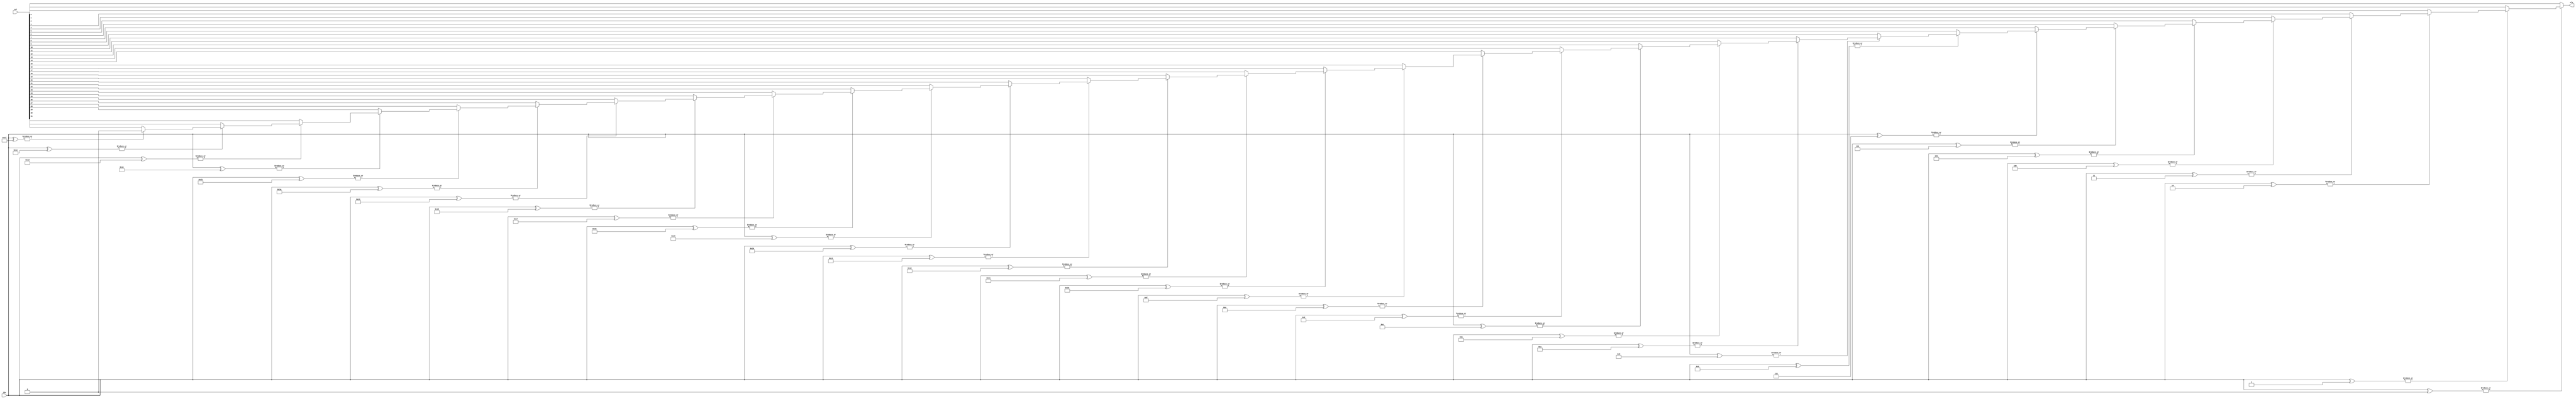
`ifndef IPs_SHARED_MULTIPLEXER_V
`define IPs_SHARED_MULTIPLEXER_V

module MUX32to1 (
    input  wire [ 4:0] idx,
    input  wire [31:0] set,
    output wire        ele
);

    assign ele = ~|{idx ^ 5'h00} ? set[5'h00] :
                 ~|{idx ^ 5'h01} ? set[5'h01] :
                 ~|{idx ^ 5'h02} ? set[5'h02] :
                 ~|{idx ^ 5'h03} ? set[5'h03] :
                 ~|{idx ^ 5'h04} ? set[5'h04] :
                 ~|{idx ^ 5'h05} ? set[5'h05] :
                 ~|{idx ^ 5'h06} ? set[5'h06] :
                 ~|{idx ^ 5'h07} ? set[5'h07] :
                 ~|{idx ^ 5'h08} ? set[5'h08] :
                 ~|{idx ^ 5'h09} ? set[5'h09] :
                 ~|{idx ^ 5'h0A} ? set[5'h0A] :
                 ~|{idx ^ 5'h0B} ? set[5'h0B] :
                 ~|{idx ^ 5'h0C} ? set[5'h0C] :
                 ~|{idx ^ 5'h0D} ? set[5'h0D] :
                 ~|{idx ^ 5'h0E} ? set[5'h0E] :
                 ~|{idx ^ 5'h0F} ? set[5'h0F] :
                 ~|{idx ^ 5'h10} ? set[5'h10] :
                 ~|{idx ^ 5'h11} ? set[5'h11] :
                 ~|{idx ^ 5'h12} ? set[5'h12] :
                 ~|{idx ^ 5'h13} ? set[5'h13] :
                 ~|{idx ^ 5'h14} ? set[5'h14] :
                 ~|{idx ^ 5'h15} ? set[5'h15] :
                 ~|{idx ^ 5'h16} ? set[5'h16] :
                 ~|{idx ^ 5'h17} ? set[5'h17] :
                 ~|{idx ^ 5'h18} ? set[5'h18] :
                 ~|{idx ^ 5'h19} ? set[5'h19] :
                 ~|{idx ^ 5'h1A} ? set[5'h1A] :
                 ~|{idx ^ 5'h1B} ? set[5'h1B] :
                 ~|{idx ^ 5'h1C} ? set[5'h1C] :
                 ~|{idx ^ 5'h1D} ? set[5'h1D] :
                 ~|{idx ^ 5'h1E} ? set[5'h1E] :
                 ~|{idx ^ 5'h1F} ? set[5'h1F] : 1'b0;
endmodule

`endif